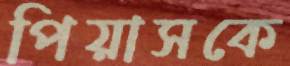
পিয়াসকে